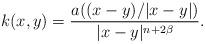
LaTeX: \begin{align*}k(x,y) = \frac{a((x-y)/|x-y|)}{|x-y|^{n+2\beta}}.\end{align*}